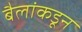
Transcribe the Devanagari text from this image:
बैलांकडून